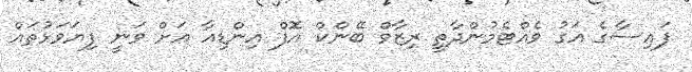
ފައިސާގެ އަގު ވެއްޓެމުންދާތީ ރިޒާވް ބޭންކް އޮފް އިންޑިއާ އަށް ވަނީ ފިޔަވަޅުތައް